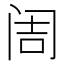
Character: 𮸥